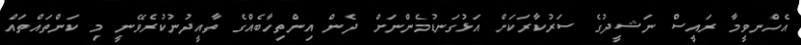
އެހްނވީމާ ރައީސް ނަޝީދުގެ ސަރުކާރަކަށް އަޅުގަނޑުމެންނަށް ދެން އިންތިހާބެއްގެ ތާއީދުނުކުރެވޭނީ މި ކަންތައްތައް